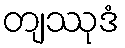
တျဿုဒံ